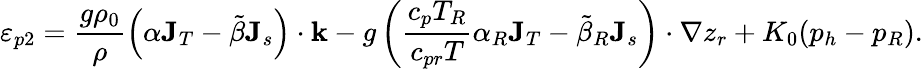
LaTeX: \varepsilon_{p2}=\frac{g\rho_{0}}{\rho}\left(\alpha{\mathbf J}_{T}-\tilde{\beta}{\mathbf J}_{s}\right)\cdot{\mathbf k}-g\left(\frac{c_{p}T_{R}}{c_{pr}T}\alpha_{R}{\mathbf J}_{T}-\tilde{\beta}_{R}{\mathbf J}_{s}\right)\cdot\nabla z_{r}+K_{0}(p_{h}-p_{R}).